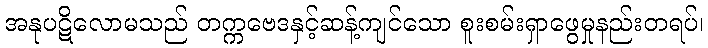
အနုပဋိလောမသည် တက္ကဗေဒနှင့်ဆန့်ကျင်သော စူးစမ်းရှာဖွေမှုနည်းတရပ်၊